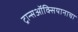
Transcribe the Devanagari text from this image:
ट्रान्सऑक्सियानाचा